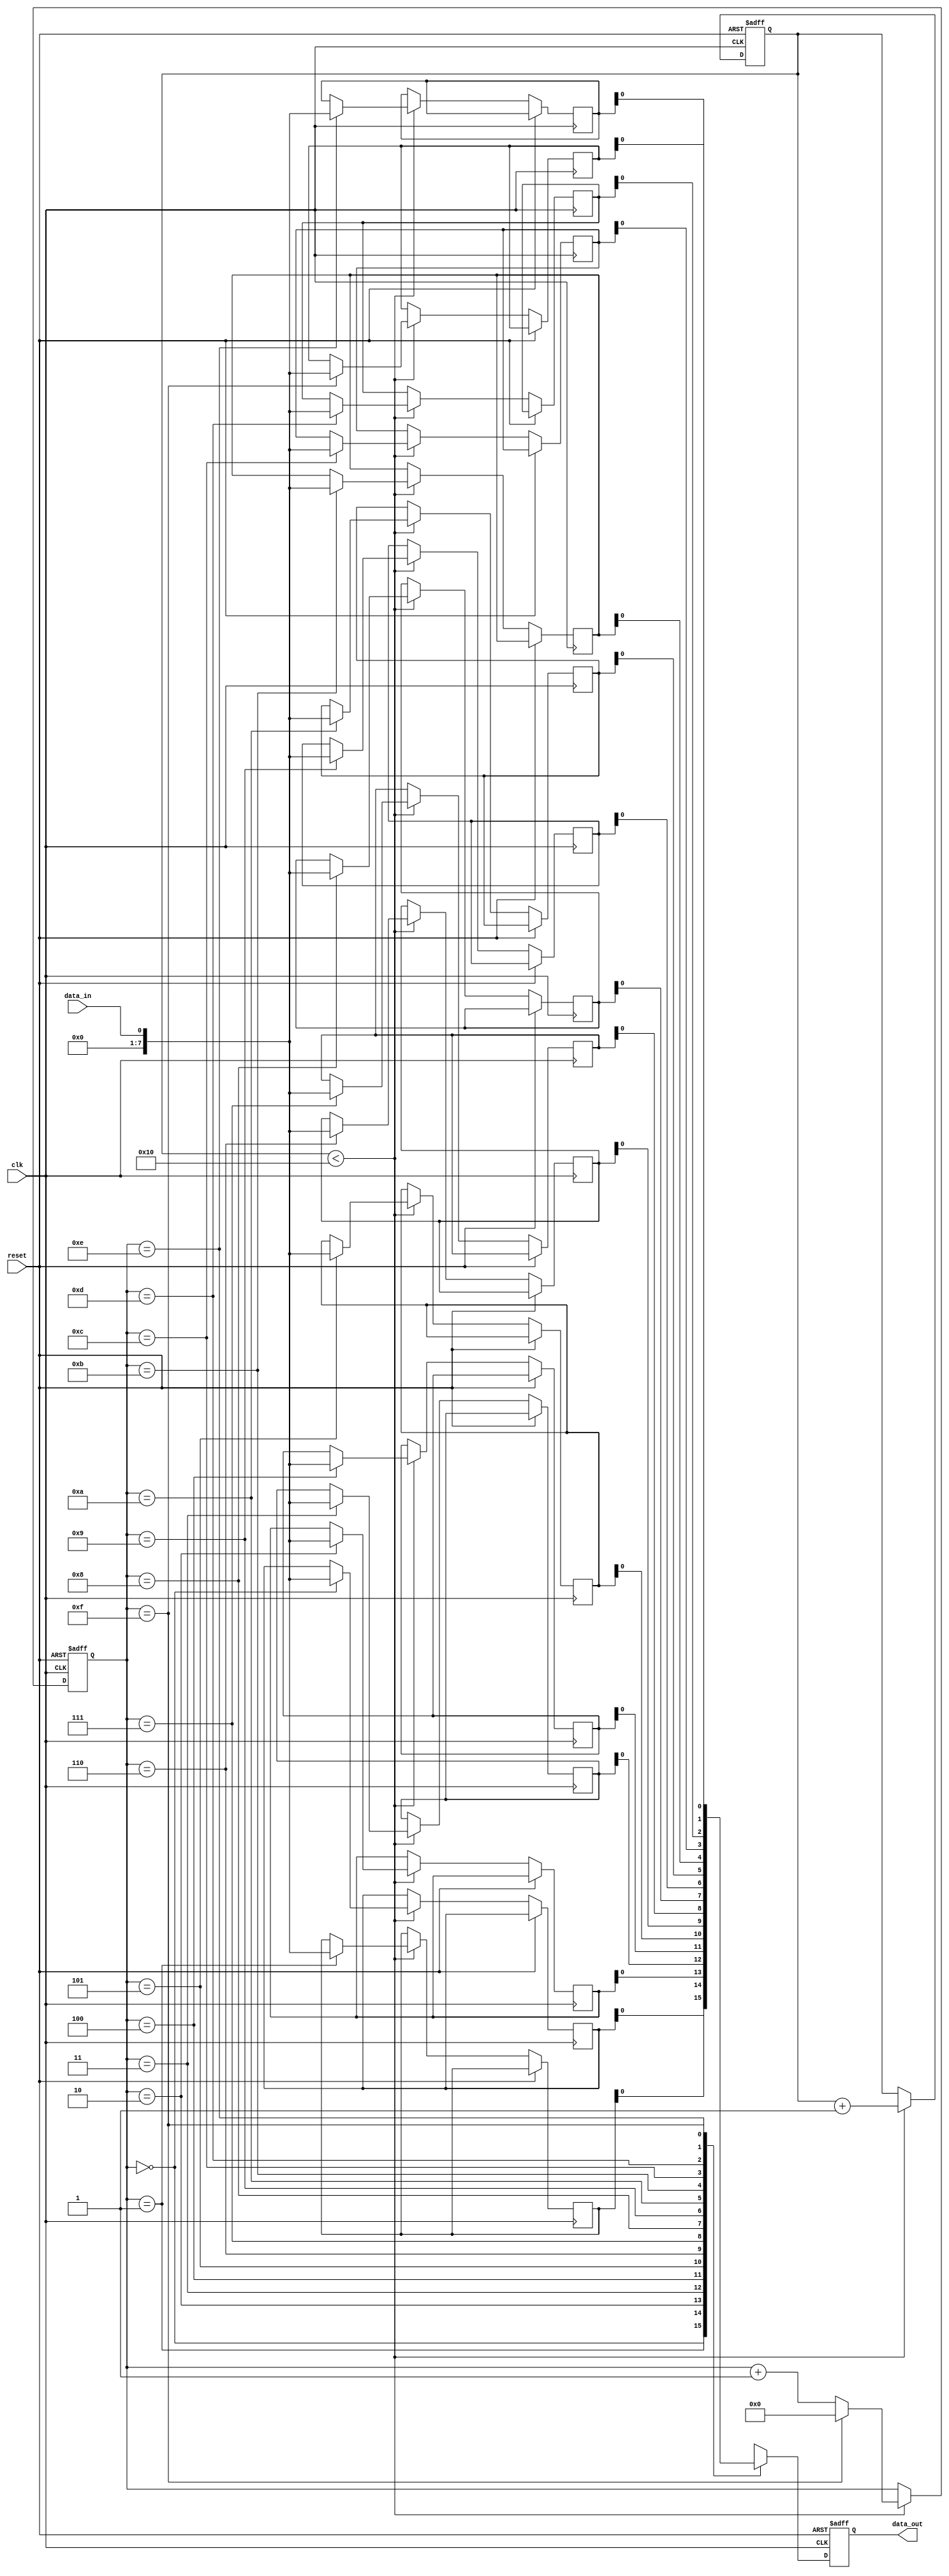
module fifo_buffer (
    input wire clk,
    input wire reset,
    input wire data_in,
    output reg data_out
);

reg [7:0] fifo_data [0:15];
reg [3:0] fifo_ptr;
reg [3:0] fifo_fill_level;

// Timing control logic
always @(posedge clk or posedge reset) begin
    if (reset) begin
        fifo_ptr <= 0;
        fifo_fill_level <= 0;
    end else begin
        if (fifo_fill_level < 16) begin
            fifo_data[fifo_ptr] <= data_in;
            fifo_ptr <= (fifo_ptr == 15) ? 0 : fifo_ptr + 1;
            fifo_fill_level <= fifo_fill_level + 1;
        end
    end
end

// Synchronization blocks
always @(posedge clk or posedge reset) begin
    if (reset) begin
        data_out <= 0;
    end else begin
        data_out <= fifo_data[fifo_ptr];
    end
end

endmodule